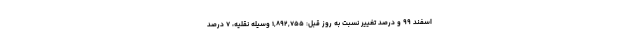
اسفند ۹۹ و درصد تغییر نسبت به روز قبل: ۱,۸۹۲,۷۵۵ وسیله نقلیه، ۷ درصد